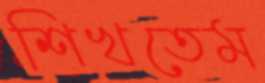
শিখতেম